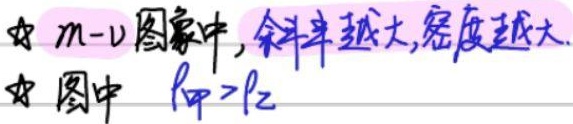
☆ \(m - V\)图象中, 斜率越大,密度越大.☆ 图中 \(\rho_1>\rho_2\)